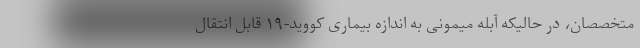
متخصصان، در حالیکه آبله میمونی به اندازه بیماری کووید-۱۹ قابل انتقال